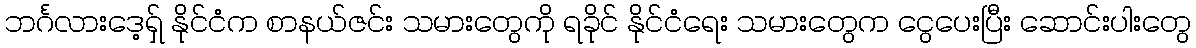
ဘင်္ဂလားဒေ့ရှ် နိုင်ငံက စာနယ်ဇင်း သမားတွေကို ရခိုင် နိုင်ငံရေး သမားတွေက ငွေပေးပြီး ဆောင်းပါးတွေ